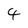
Character: 4